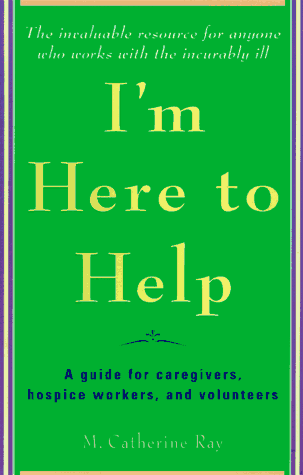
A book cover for I'm Here to Help: A Guide for Caregivers, Hospice Workers, and Volunteers; Catherine Ray; Medical Books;